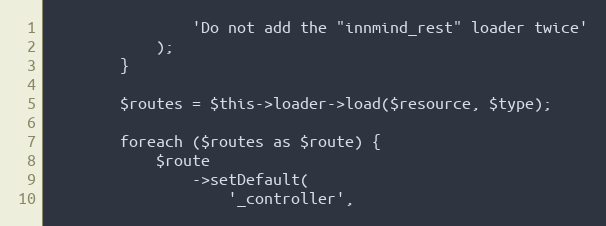
Language: PHP
                'Do not add the "innmind_rest" loader twice'
            );
        }

        $routes = $this->loader->load($resource, $type);

        foreach ($routes as $route) {
            $route
                ->setDefault(
                    '_controller',